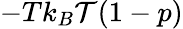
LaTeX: -Tk_{B}\mathcal{T}(1-p)